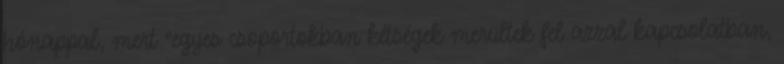
hónappal, mert "egyes csoportokban kétségek merültek fel azzal kapcsolatban,